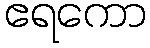
ဧရကော